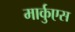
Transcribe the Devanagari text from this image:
मार्कुएस